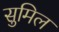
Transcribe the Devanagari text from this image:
सुमिल